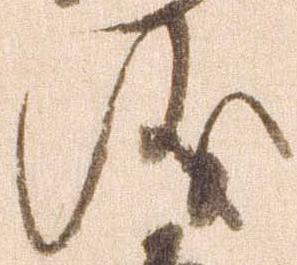
儀